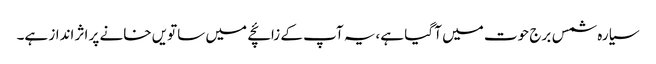
سیارہ شمس برج حوت میں آ گیا ہے،یہ آپ کے زائچے میں ساتویں خانے پر اثر انداز ہے۔